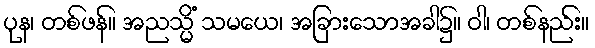
ပုန၊ တစ်ဖန်။ အညသ္မိံ သမယေ၊ အခြားသောအခါ၌။ ဝါ၊ တစ်နည်း။